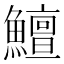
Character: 鱣